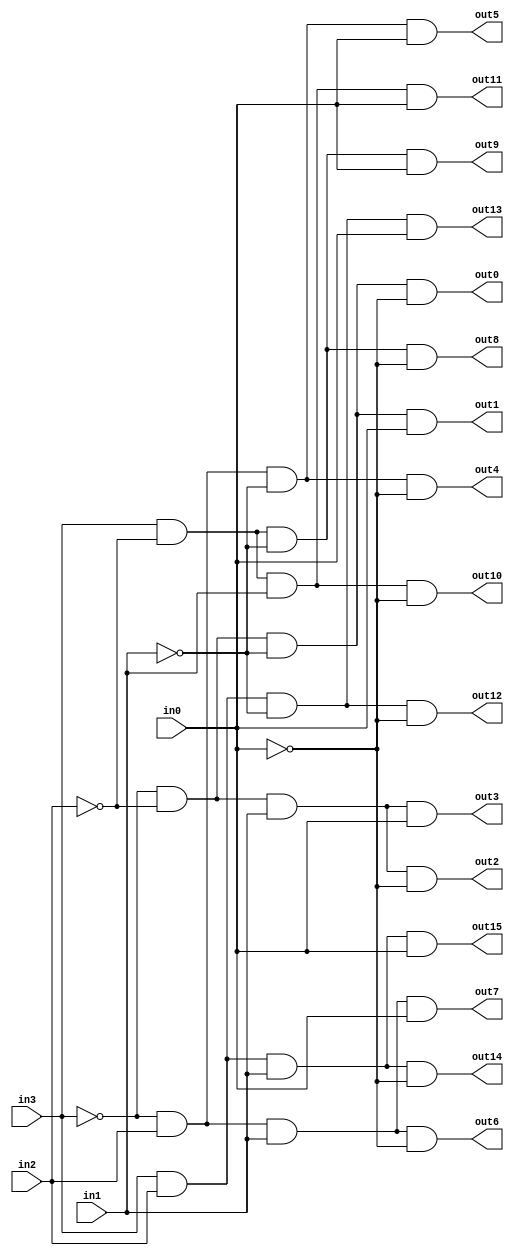
module Decoder4to16 
(	in0,
	in1, 
	in2, 
	in3,
	out0,
	out1,
	out2,
	out3,
	out4,
	out5,
	out6,
	out7,
	out8,
	out9,
	out10,
	out11,
	out12,
	out13,
	out14,
	out15
);

	input wire 	in0,
					in1,
					in2,
					in3;
				
	output wire out0,
					out1,
					out2,
					out3,
					out4,
					out5,
					out6,
					out7,
					out8,
					out9,
					out10,
					out11,
					out12,
					out13,
					out14,
					out15;
				
	assign out0 = (~in3) & (~in2) & (~in1) & (~in0);
	assign out1 = (~in3) & (~in2) & (~in1) & (in0);
	assign out2 = (~in3) & (~in2) & (in1) & (~in0);
	assign out3 = (~in3) & (~in2) & (in1) & (in0);
	assign out4 = (~in3) & (in2) & (~in1) & (~in0);
	assign out5 = (~in3) & (in2) & (~in1) & (in0);
	assign out6 = (~in3) & (in2) & (in1) & (~in0);
	assign out7 = (~in3) & (in2) & (in1) & (in0);
	assign out8 = (in3) & (~in2) & (~in1) & (~in0);
	assign out9 = (in3) & (~in2) & (~in1) & (in0);
	assign out10 = (in3) & (~in2) & (in1) & (~in0);
	assign out11 = (in3) & (~in2) & (in1) & (in0);
	assign out12 = (in3) & (in2) & (~in1) & (~in0);
	assign out13 = (in3) & (in2) & (~in1) & (in0);
	assign out14 = (in3) & (in2) & (in1) & (~in0);
	assign out15 = (in3) & (in2) & (in1) & (in0);
	
	
endmodule